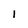
Character: 1